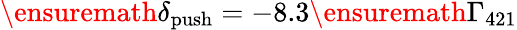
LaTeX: \ensuremath{\delta_{\mathrm{push}}}=-8.3\ensuremath{\Gamma_{421}}